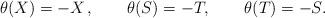
LaTeX: \begin{align*}\theta(X)=-X\,,\qquad\theta(S)=-T,\qquad\theta(T)=-S. \end{align*}